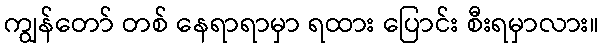
ကျွန်တော် တစ် နေရာရာမှာ ရထား ပြောင်း စီးရမှာလား။